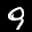
Label: 9